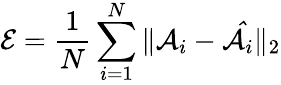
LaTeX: \mathcal{E}=\frac{1}{N}\sum_{i=1}^{N}\| \mathcal{A}_{i}-\mathcal{\hat{A}}_{i}\| _{2}